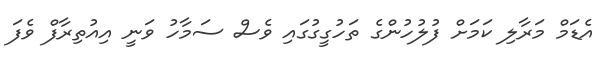
އެޑަމް މަރާލި ކަމަށް ފުލުހުންގެ ތަހުގީގުގައި ވެސް ސަމާހު ވަނީ އިއުތިރާފް ވެފަ